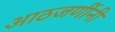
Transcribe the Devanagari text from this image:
आठजणींनी